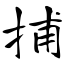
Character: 捕